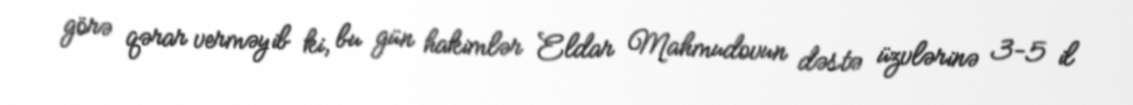
görə qərar verməyib ki, bu gün hakimlər Eldar Mahmudovun dəstə üzvlərinə 3-5 il